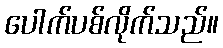
ပေါက်ပစ်လိုက်သည်။